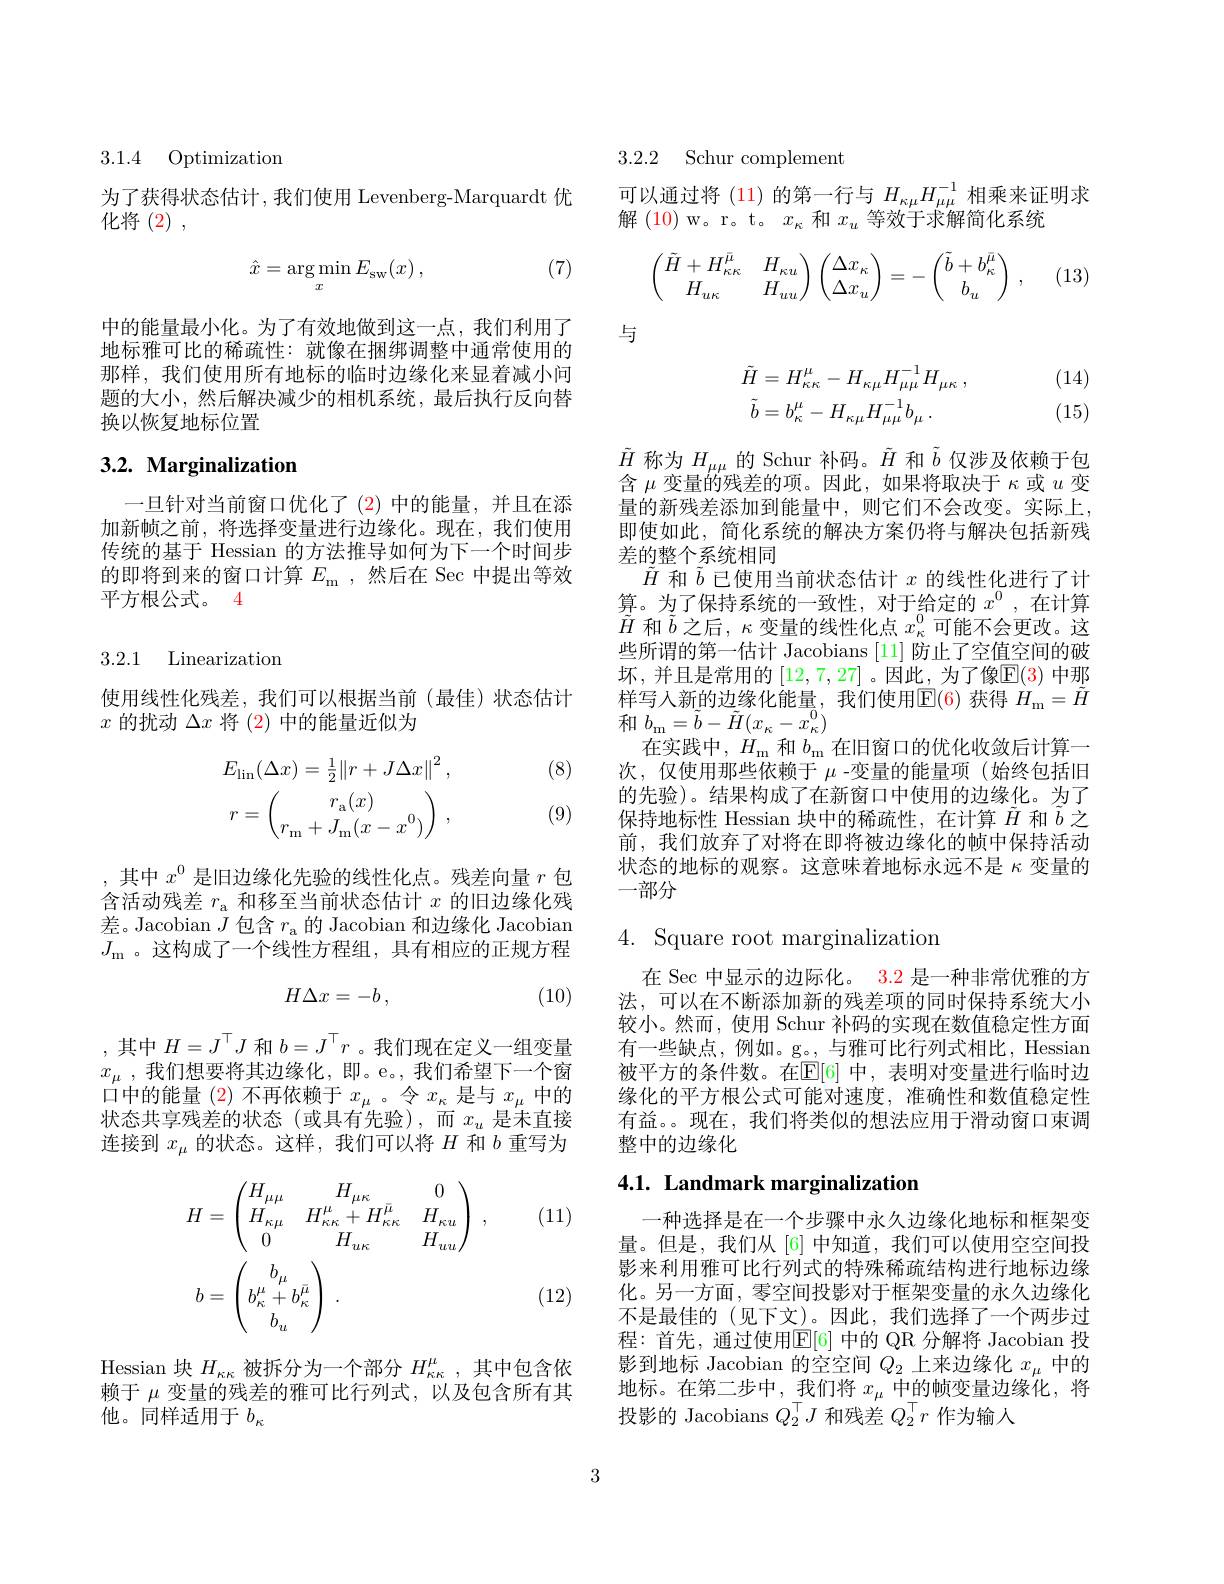
3.1.4 Optimization

为了获得状态估计，我们使用 Levenberg-Marquardt 优
化将(2) ,

(7)
$$\hat x=\underset{x}{\arg\min}E_{\mathrm{sw}}(x)\:,$$
中的能量最小化。为了有效地做到这一点，我们利用了地标雅可比的稀疏性：就像在捆绑调整中通常使用的那样，我们使用所有地标的临时边缘化来显着减小问题的大小，然后解决减少的相机系统，最后执行反向替换以恢复地标位置

## 3.2. Marginalization

一旦针对当前窗口优化了(2)中的能量，并且在添加新帧之前，将选择变量进行边缘化。现在，我们使用传统的基于 Hessian 的方法推导如何为下一个时间步的即将到来的窗口计算$E_\mathrm{m}$ ,然后在 Sec 中提出等效平方根公式。4

3.2.1 Linearization

使用线性化残差，我们可以根据当前(最佳)状态估计
$x$的扰动$\Delta x$将 (2) 中的能量近似为

(8)
$$E_{\mathrm{lin}}(\Delta x)=\frac{1}{2}\left\|r+J\Delta x\right\|^2,\\r=\begin{pmatrix}r_\mathrm{a}(x)\\r_\mathrm{m}+J_\mathrm{m}(x-x^0)\end{pmatrix}\:,$$
(9)

,其中$x^0$是旧边缘化先验的线性化点。残差向量$r$包含活动残差$r_\mathrm{a}$和移至当前状态估计$x$的旧边缘化残差。Jacobian $J$包含$r_\mathrm{a}$的 Jacobian 和边缘化 Jacobian $J_{\mathrm{m}}$ 。这构成了一个线性方程组，具有相应的正规方程
$$H\Delta x=-b\:,$$
(10)

,其中$H=J^\top J$ 和 $b=J^\top r$ 。我们现在定义一组变量$x_{\mu }$ , 我们想要将其边缘化，即。e。,我们希望下一个窗口中的能量(2)不再依赖于$x_\mu$。令$x_\kappa$是与$x_\mu$中的状态共享残差的状态(或具有先验),而$x_u$ 是未直接连接到$x_\mu$的状态。这样，我们可以将$H$和$b$重写为

(11)
$$\begin{aligned}H&=\begin{pmatrix}H_{\mu\mu}&H_{\mu\kappa}&0\\H_{\kappa\mu}&H_{\kappa\kappa}^{\mu}+H_{\kappa\kappa}^{\bar{\mu}}&H_{\kappa u}\\0&H_{u\kappa}&H_{uu}\end{pmatrix}\:,\\b&=\begin{pmatrix}b_{\mu}\\b_{\kappa}^{\mu}+b_{\kappa}^{\bar{\mu}}\\b_{u}\end{pmatrix}\:.\end{aligned}$$
(12)

Hessian 块$H_\kappa\kappa$被拆分为一个部分$H_\kappa\kappa$,其中包含依赖于$\mu$变量的残差的雅可比行列式，以及包含所有其他。同样适用于$b_\kappa$

3.2.2 Schur complement

可以通过将 (11) 的第一行与$H_\mathrm{\kappa\mu}H_{\mu\mu}^{-1}$相乘来证明求
解(10) w。r。t。$x_\kappa$和$x_u$等效于求解简化系统
$$\begin{pmatrix}\tilde{H}+H_{\kappa\kappa}^{\bar{\mu}}&H_{\kappa u}\\H_{u\kappa}&H_{uu}\end{pmatrix}\begin{pmatrix}\Delta x_\kappa\\\Delta x_u\end{pmatrix}=-\begin{pmatrix}\tilde{b}+b_\kappa^{\bar{\mu}}\\b_u\end{pmatrix}\:,$$
(13)

与
$$\begin{aligned}\tilde{H}&=H_{\kappa\kappa}^{\mu}-H_{\kappa\mu}H_{\mu\mu}^{-1}H_{\mu\kappa}\:,\\\tilde{b}&=b_{\kappa}^{\mu}-H_{\kappa\mu}H_{\mu\mu}^{-1}b_{\mu}\:.\end{aligned}$$
(14) (15)

$\tilde{H}$称为$H_\mathrm{\mu\mu}$的 Schur 补码。$\tilde{H}$和$\tilde{b}$仅涉及依赖于包含$\mu$变量的残差的项。因此，如果将取决于$\kappa$或$u$变量的新残差添加到能量中，则它们不会改变。实际上， 即使如此，简化系统的解决方案仍将与解决包括新残差的整个系统相同
$\tilde{H}$和$\tilde{b}$已使用当前状态估计$x$的线性化进行了计算。为了保持系统的一致性，对于给定的$x^{0}$ ,在计算$\tilde{H}$ 和$\tilde{b}$ 之后，$\kappa$变量的线性化点 $x_\kappa^{0}$可能不会更改。这些所谓的第一估计 Jacobians [11]防止了空值空间的破坏，并且是常用的 [12,7,27] 。因此，为了像$\mathbb{E}(3)$ 中那$\dot{\text{样写人新的边缘化能量，我们使用}}\underline{\mathrm{E}}(6)$获得$H_\mathrm{m}=\tilde{H}$ 和$b_\mathrm{m}=\tilde{b}-\tilde{H}(x_{\kappa}-x_{\kappa}^{0})$
在实践中，$H_\mathrm{m}$和$b_\mathrm{m}$在旧窗口的优化收敛后计算一次，仅使用那些依赖于$\mu$ -变量的能量项(始终包括旧的先验)。结果构成了在新窗口中使用的边缘化。为了保持地标性 Hessian 块中的稀疏性，在计算$\tilde{H}$和$\tilde{b}$之前，我们放弃了对将在即将被边缘化的帧中保持活动状态的地标的观察。这意味着地标永远不是$\kappa$变量的一部分

4. Square root marginalization

在 Sec 中显示的边际化。3.2 是一种非常优雅的方法，可以在不断添加新的残差项的同时保持系统大小较小。然而，使用 Schur 补码的实现在数值稳定性方面有一些缺点，例如。g。,与雅可比行列式相比，Hessian 被平方的条件数。在$\mathbb{E}[6]$ 中，表明对变量进行临时边缘化的平方根公式可能对速度，准确性和数值稳定性有益。现在，我们将类似的想法应用于滑动窗口束调整中的边缘化

# 4.1. Landmark marginalization

一种选择是在一个步骤中永久边缘化地标和框架变量。但是，我们从[6] 中知道，我们可以使用空空间投影来利用雅可比行列式的特殊稀疏结构进行地标边缘化。另一方面，零空间投影对于框架变量的永久边缘化不是最佳的(见下文)。因此，我们选择了一个两步过程：首先，通过使用$\mathbb{E}[6]$ 中的 QR 分解将 Jacobian 投影到地标 Jacobian 的空空间$Q_2$上来边缘化$x_\mu$中的地标。在第二步中，我们将$x_{\mu}$中的帧变量边缘化，将投影的 Jacobians $Q_2^\top J$和残差$Q_2^\top r$作为输入

3